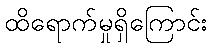
ထိရောက်မှုရှိကြောင်း